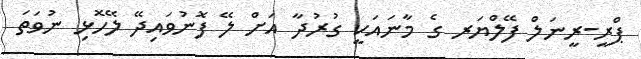
ޕްރީ-ރީނަލް ފޭލްޔަރ ގެ މާނައަކީ ގުރުދާ އަށް ލޭ ފޮނުވައިދޭ ލޭހޮޅި ނުވަތަ